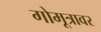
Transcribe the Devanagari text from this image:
गोमूत्रावर